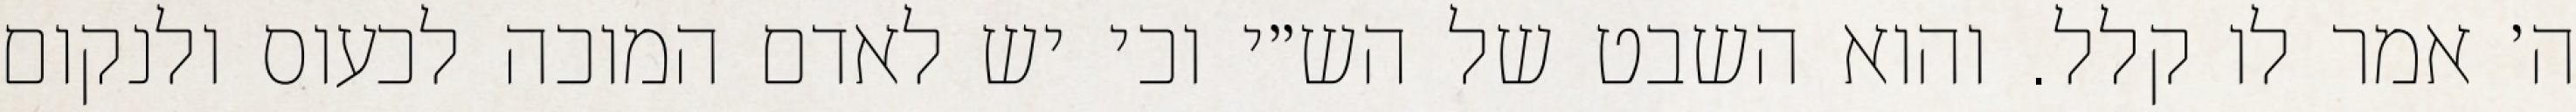
ה׳ אמר לו קלל. והוא השבט של הש״י וכי יש לאדם המוכה לכעוס ולנקום